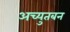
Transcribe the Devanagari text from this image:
अच्युतबन